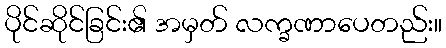
ပိုင်ဆိုင်ခြင်း၏ အမှတ် လက္ခဏာပေတည်း။